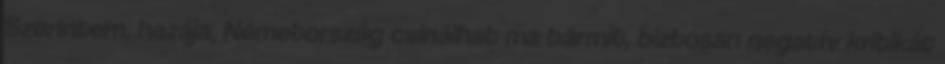
Szerintem, hazája, Németország csinálhat ma bármit, biztosan negatív kritikát